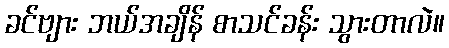
ခင်ဗျား ဘယ်အချိန် စာသင်ခန်း သွားတာလဲ။